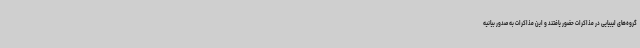
گروه‌های لیبیایی در مذاکرات حضور یافتند و این مذاکرات به صدور بیانیه